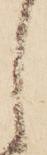
し